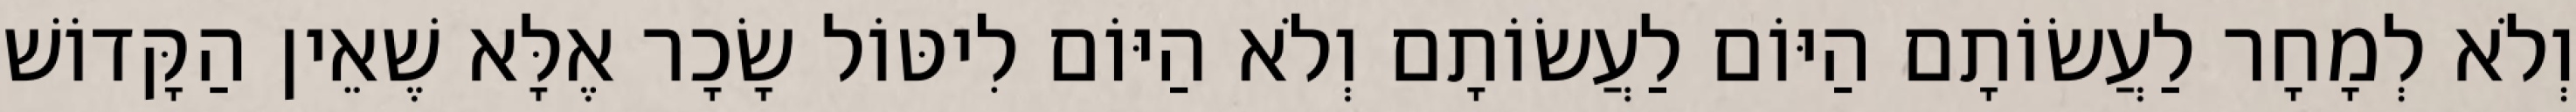
וְלֹא לְמָחָר לַעֲשׂוֹתָם הַיּוֹם לַעֲשׂוֹתָם וְלֹא הַיּוֹם לִיטּוֹל שָׂכָר אֶלָּא שֶׁאֵין הַקָּדוֹשׁ